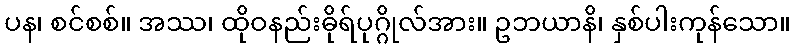
ပန၊ စင်စစ်။ အဿ၊ ထိုဝနည်းဓိုရ်ပုဂ္ဂိုလ်အား။ ဥဘယာနိ၊ နှစ်ပါးကုန်သော။